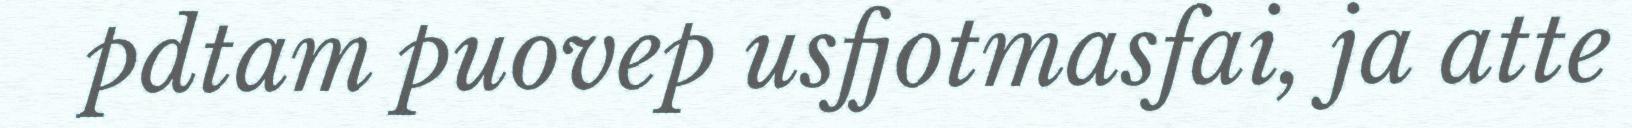
pdtam puovep usfjotmasfai, ja atte